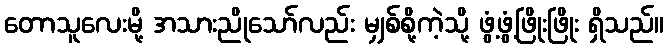
တောသူလေးမို့ အသားညိုသော်လည်း မျှစ်စို့ကဲ့သို့ ဖွံ့ဖွံ့ဖြိုးဖြိုး ရှိသည်။